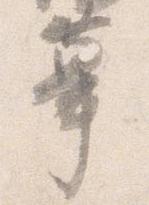
蓽